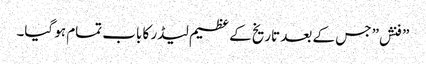
” فنش” جس کے بعد تاریخ کے عظیم لیڈر کا باب تمام ہو گیا۔